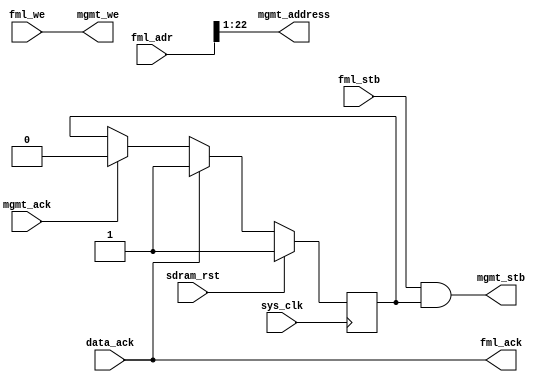
/*
 * Milkymist VJ SoC
 * Copyright (C) 2007, 2008, 2009 Sebastien Bourdeauducq
 * adjusted to FML 8x16 by Zeus Gomez Marmolejo <zeus@aluzina.org>
 *
 * This program is free software: you can redistribute it and/or modify
 * it under the terms of the GNU General Public License as published by
 * the Free Software Foundation, version 3 of the License.
 *
 * This program is distributed in the hope that it will be useful,
 * but WITHOUT ANY WARRANTY; without even the implied warranty of
 * MERCHANTABILITY or FITNESS FOR A PARTICULAR PURPOSE.  See the
 * GNU General Public License for more details.
 *
 * You should have received a copy of the GNU General Public License
 * along with this program.  If not, see <http://www.gnu.org/licenses/>.
 */

/* Simple FML interface for HPDMC */

module hpdmc_busif #(
	parameter sdram_depth = 23
) (
	input sys_clk,
	input sdram_rst,
	
	input [sdram_depth-1:0] fml_adr,
	input fml_stb,
	input fml_we,
	output fml_ack,
	
	output mgmt_stb,
	output mgmt_we,
	output [sdram_depth-1-1:0] mgmt_address, /* in 16-bit words */
	input mgmt_ack,
	
	input data_ack
);

reg mgmt_stb_en;

assign mgmt_stb = fml_stb & mgmt_stb_en;
assign mgmt_we = fml_we;
assign mgmt_address = fml_adr[sdram_depth-1:1];

assign fml_ack = data_ack;

always @(posedge sys_clk) begin
	if(sdram_rst)
		mgmt_stb_en = 1'b1;
	else begin
		if(mgmt_ack)
			mgmt_stb_en = 1'b0;
		if(data_ack)
			mgmt_stb_en = 1'b1;
	end
end

endmodule